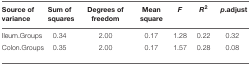
| Source of variance | Sum of squares | Degrees of freedom | Mean square | F | R2 | p.adjust |
 | --- | --- | --- | --- | --- | --- | --- |
 | Ileum.Groups | 0.34 | 2.00 | 0.17 | 1.28 | 0.22 | 0.32 |
 | Colon.Groups | 0.35 | 2.00 | 0.17 | 1.57 | 0.28 | 0.08 |